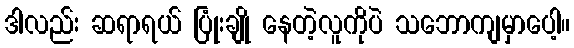
ဒါလည်း ဆရာရယ် ပြုံးချို နေတဲ့လူကိုပဲ သဘောကျမှာပေါ့။